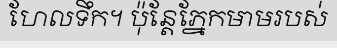
ហែលទឹក។ ប៉ុន្តែភ្នែកមាមរបស់